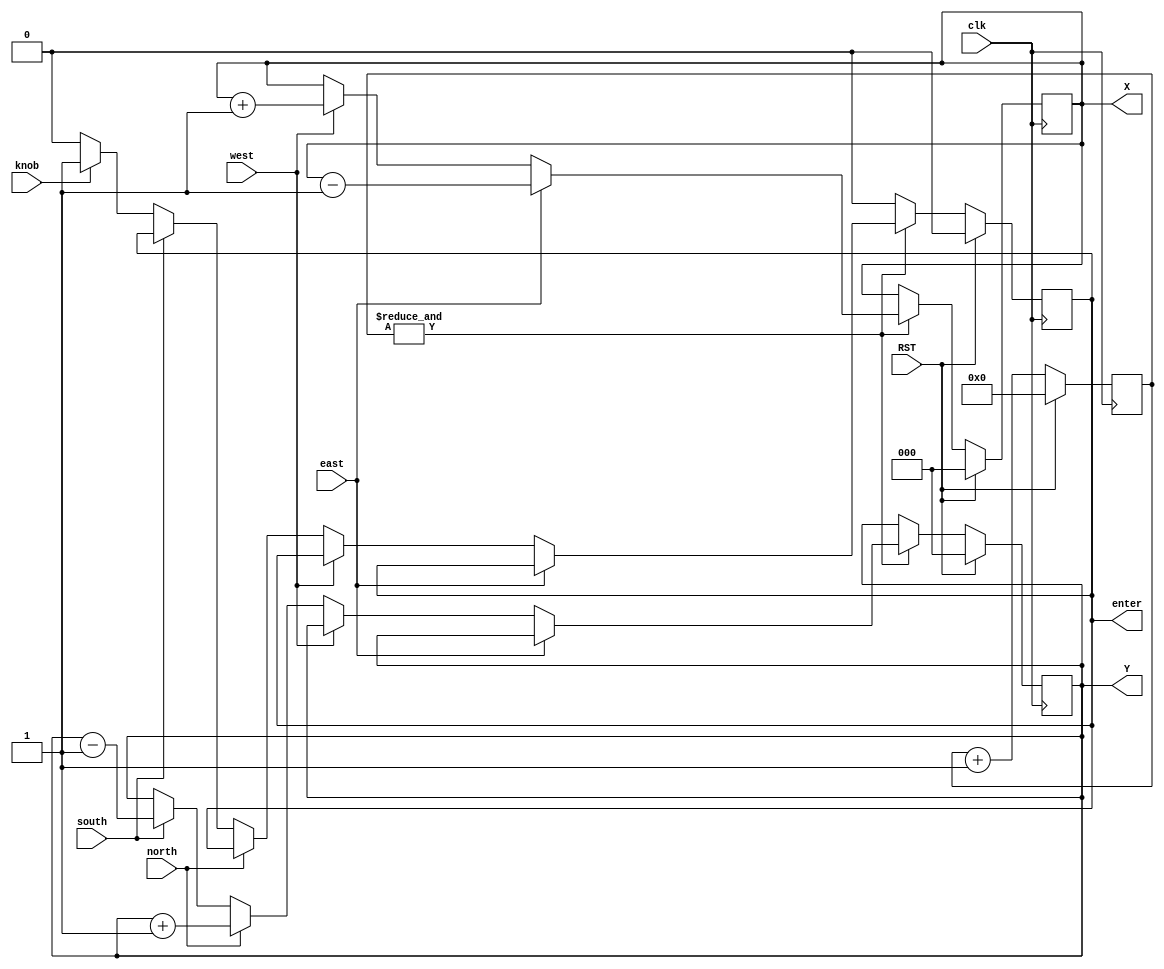
`timescale 1ns / 1ps
//////////////////////////////////////////////////////////////////////////////////
// Company: 
// Engineer: 
// 
// Design Name: 
// Module Name:    xy_calculate 
// Project Name: 
// Target Devices: 
// Tool versions: 
// Description: 
//
// Dependencies: 
//
// Revision: 
// Revision 0.01 - File Created
// Additional Comments: 
//
//////////////////////////////////////////////////////////////////////////////////
module xy_calculate(
		clk,
		RST,
		east,
		west,
		north,
		south,
		knob,
		 X,
		 Y,
		 enter
    );

input clk;
input RST;
input east;
input west;
input north;
input south;
input knob;

output [2:0] X;
output [2:0] Y;
output [0:0] enter;
reg [2:0] X;
reg [2:0] Y;
reg [22:0] Z;
reg [0:0] enter;
 
 wire btn_pulse;
 assign btn_pulse = &Z;
 
 
 always @(posedge clk) begin
	if ( RST ) begin
		Z <= 0;
		X <= 0;
		Y <= 0;
		enter <= 0;
	end 
	else begin
		Z <= Z + 1;
		
		if ( btn_pulse ) begin
			if ( east ) begin
				X <= X - 1;	
			end
			else
			if ( west ) begin
				X <= X + 1;	
			end
			else
			if ( north ) begin
				Y <= Y + 1;	
			end
			else
			if ( south ) begin
				Y <= Y - 1;	
			end
			else
			if ( knob ) begin
				enter <= 1;
			end
			else begin
				X <= X;
				Y <= Y;
				enter <= 0;
			end
		end
		else begin
			X <= X;
			Y <= Y;
			enter <= 0;
		end
	end
 end

endmodule